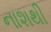
નાશથી